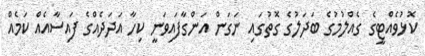
ކޮޅުވެއްޓީގެ ގެއްލުމުގެ ބަދަލުގެ ގޮތުގައި ނަގަން އަންގާފައިވަނީ ކިހާ އަދަދެއްގެ ފައިސާއެއް ކަމެއް